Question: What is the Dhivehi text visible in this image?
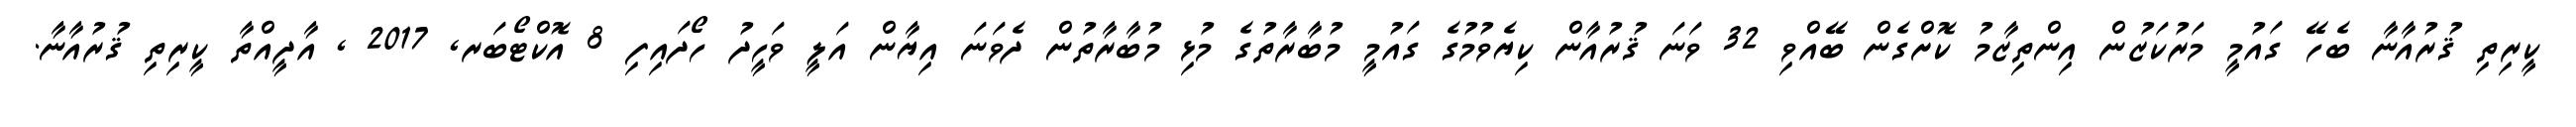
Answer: ކީރިތި ޤުރުއާނާ ބެހޭ ގައުމީ މަރުކަޒުން އިންތިޒާމު ކޮށްގެން ބޭއްވި 32 ވަނަ ޤުރުއާން ކިޔެވުމުގެ ގައުމީ މުބާރާތުގެ މުޅި މުބާރާތުން ދެވަނަ އިޔާން އަލީ ވަހީދު ހޯދައިފި 8 އޮކްޓޯބަރ, 2017 , އާދީއްތާ ކީރިތި ޤުރުއާނާ.